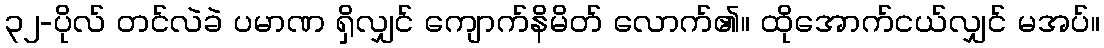
၃၂-ပိုလ် တင်လဲခဲ ပမာဏ ရှိလျှင် ကျောက်နိမိတ် လောက်၏။ ထိုအောက်ငယ်လျှင် မအပ်။